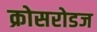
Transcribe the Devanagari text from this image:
क्रोसरोडज